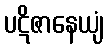
ပဋိဇာနေယျံ